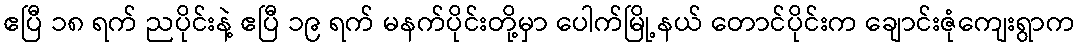
ဧပြီ ၁၈ ရက် ညပိုင်းနဲ့ ဧပြီ ၁၉ ရက် မနက်ပိုင်းတို့မှာ ပေါက်မြို့နယ် တောင်ပိုင်းက ချောင်းဇုံကျေးရွာက